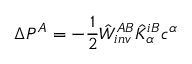
\Delta P ^ { A } = - \frac { 1 } { 2 } \hat { W } _ { i n v } ^ { A B } \hat { K } _ { \alpha } ^ { i B } c ^ { \alpha }